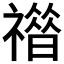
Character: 𥛾